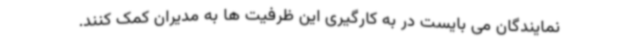
نمایندگان می بایست در به کارگیری این ظرفیت ها به مدیران کمک کنند.